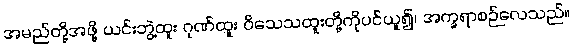
အမည်တို့အဖို့ ယင်းဘွဲ့ထူး ဂုဏ်ထူး ဝိသေသထူးတို့ကိုပင်ယူ၍၊ အက္ခရာစဉ်လေသည်။